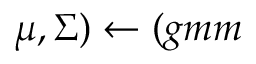
\mu , \Sigma ) \leftarrow ( g m m